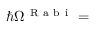
\hbar \Omega ^ { \mathrm { ~ R ~ a ~ b ~ i ~ } } =